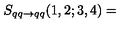
S _ { q q \rightarrow q q } ( 1 , 2 ; 3 , 4 ) =